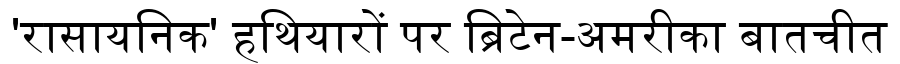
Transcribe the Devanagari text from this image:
'रासायनिक' हथियारों पर ब्रिटेन-अमरीका बातचीत